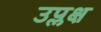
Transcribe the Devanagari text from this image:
उप्लक्ष